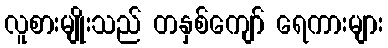
လူစားမျိုးသည် တနှစ်ကျော် ရေကားများ